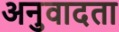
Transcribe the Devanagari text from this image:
अनुवादता